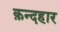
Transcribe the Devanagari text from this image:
क़न्दहार